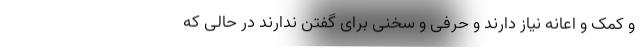
و کمک و اعانه نیاز دارند و حرفی و سخنی برای گفتن ندارند در حالی که